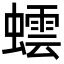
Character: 𮔻